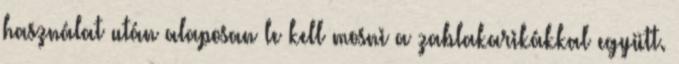
használat után alaposan le kell mosni a zablakarikákkal együtt.